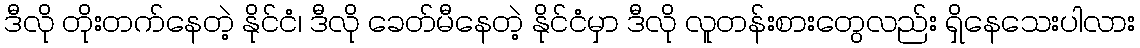
ဒီလို တိုးတက်နေတဲ့ နိုင်ငံ၊ ဒီလို ခေတ်မီနေတဲ့ နိုင်ငံမှာ ဒီလို လူတန်းစားတွေလည်း ရှိနေသေးပါလား